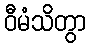
ဝီမံသိတွာ